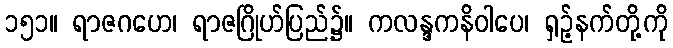
၁၅၁။ ရာဇဂဟေ၊ ရာဇဂြိုဟ်ပြည်၌။ ကလန္ဒကနိဝါပေ၊ ရှဉ့်နက်တို့ကို